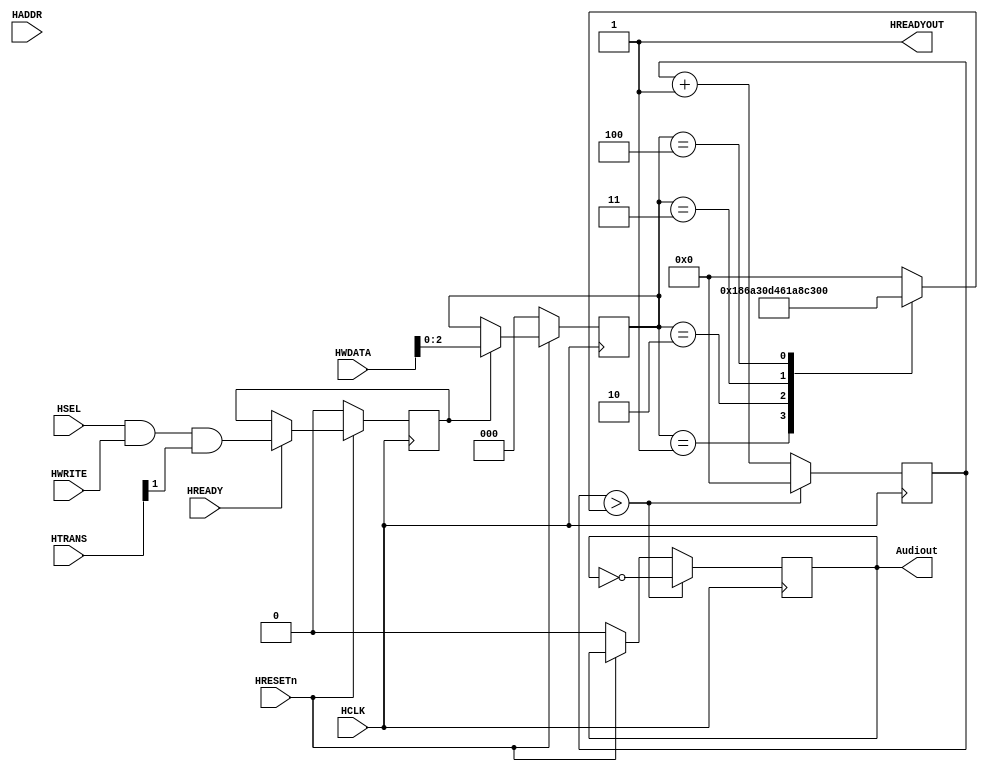
module AHBsound(
			// Bus signals
			input wire HCLK,			// bus clock
			input wire HRESETn,			// bus reset, active low
			input wire HSEL,			// selects this slave
			input wire HREADY,			// indicates previous transaction completing
			input wire [31:0] HADDR,	// address
			input wire [1:0] HTRANS,	// transaction type (only bit 1 used)
			input wire HWRITE,			// write transaction
			input wire [31:0] HWDATA,	// write data
			output wire HREADYOUT,		// ready output from slave
			// VGA signals
            output reg Audiout			// Audio output
    );

	// Registers to hold signals from address phase
	reg rHADDR;			// only need two bits of address
	reg rWrite, rRead;	// write enable signals

	// Internal signals
    reg [2:0] freqselect;
 	// Capture bus signals in address phase
	always @(posedge HCLK)
		if(!HRESETn)
			begin
				rHADDR <= 1'b0;
				rWrite <= 1'b0;
				rRead  <= 1'b0;
			end
		else if(HREADY)
		 begin
			rHADDR <= HADDR[1];         // capture address bits for for use in data phase
			rWrite <= HSEL & HWRITE & HTRANS[1];	// slave selected for write transfer       
			rRead <= HSEL & ~HWRITE & HTRANS[1];	// slave selected for read transfer 
		 end                                                                                                                                                                                                                                                                                                                                                                                                                                                                         
   
    assign HRDATA = {16'b0,frq};

    always @(posedge HCLK)
    begin
        if(!HRESETn)
			begin
                freqselect <= 0;
			end
		else if(rWrite) begin
		  freqselect <= HWDATA[2:0];
		end
    end
    
    reg [15:0] counter, frq;
    
    always @(posedge HCLK)//frequency division counter
    begin
        if(!HRESETn) begin
           counter <= 0;
           Audiout <= 0;
		end
        if(counter > frq) begin
            Audiout <= ~Audiout;
            counter <= 0;
		end
		else begin
		  counter = counter + 1;
		end
    end
    
    always @(*)
    begin
        case(freqselect)//different frequency options
            3'b001: frq = 16'd6250; 
            3'b010: frq = 16'd12500;
            3'b011: frq = 16'd25000;
            3'b100: frq = 16'd50000;
            default:  frq = 0;
        endcase
    end

// Options on ready signal - can wait on write when full, or read when empty 
	assign HREADYOUT = 1'b1;	// always ready - transaction never delayed

endmodule